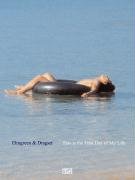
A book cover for Elmgreen & Dragset: This Is the First Day of My Life; Massimiliano Gioni; Arts & Photography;